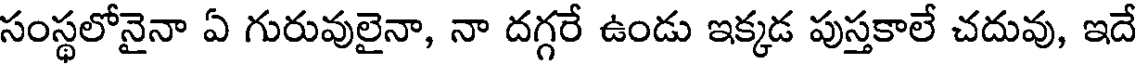
సంస్థలోనైనా ఏ గురువులైనా, నా దగ్గరే ఉండు ఇక్కడ పుస్తకాలే చదువు, ఇదే